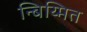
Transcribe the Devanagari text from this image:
न्बिय्मित